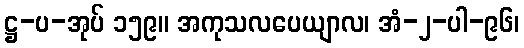
ဋ္ဌ-ပ-အုပ် ၁၅၉။ အကုသလပေယျာလ၊ အံ-၂-ပါ-၉၆၊